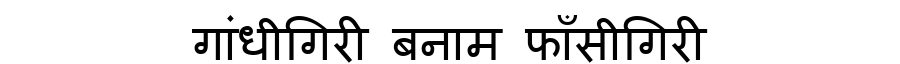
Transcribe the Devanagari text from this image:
गांधीगिरी बनाम फाँसीगिरी